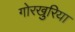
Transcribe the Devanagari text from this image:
गोरखुरिया